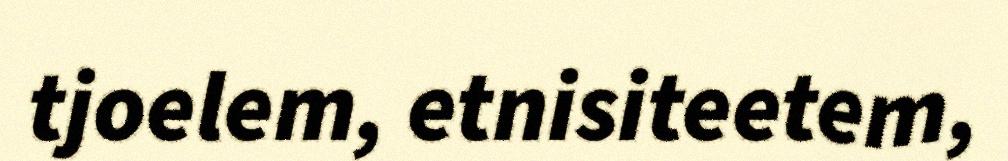
tjoelem, etnisiteetem,